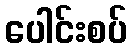
ပေါင်းစပ်